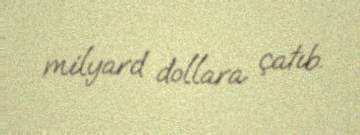
milyard dollara çatıb.